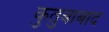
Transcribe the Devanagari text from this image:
कुतुबाबाद